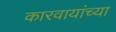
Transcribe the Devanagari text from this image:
कारवायांच्या